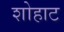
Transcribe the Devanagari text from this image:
शोहाट